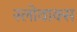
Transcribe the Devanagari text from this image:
स्लोवाक्स